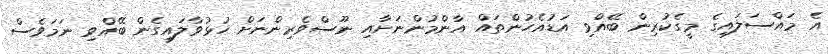
އެ މައްސަލައިގެ މީގެކުރިން ބޭއްވި އަޑުއެހުންތައް އާންމުންނަށާއި ނޫސްވެރިންނަށް ހުޅުވާލައިގެން ބޭއްވި ނަމަވެސް